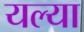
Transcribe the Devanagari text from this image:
यल्या